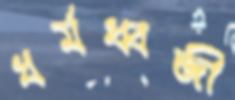
ধর্মধ্বজী